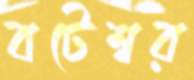
বটেশ্বর